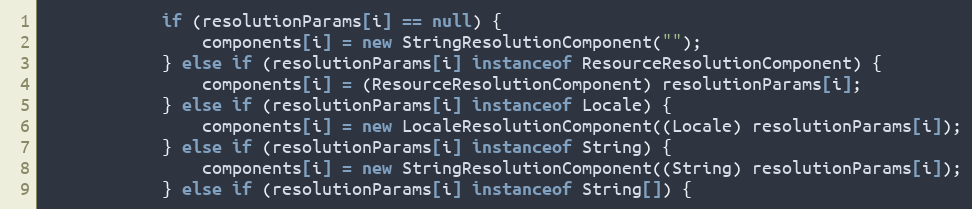
Language: Java
            if (resolutionParams[i] == null) {
                components[i] = new StringResolutionComponent("");
            } else if (resolutionParams[i] instanceof ResourceResolutionComponent) {
                components[i] = (ResourceResolutionComponent) resolutionParams[i];
            } else if (resolutionParams[i] instanceof Locale) {
                components[i] = new LocaleResolutionComponent((Locale) resolutionParams[i]);
            } else if (resolutionParams[i] instanceof String) {
                components[i] = new StringResolutionComponent((String) resolutionParams[i]);
            } else if (resolutionParams[i] instanceof String[]) {